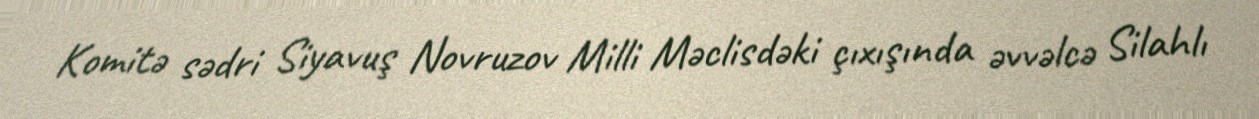
Komitə sədri Siyavuş Novruzov Milli Məclisdəki çıxışında əvvəlcə Silahlı